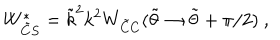
W _ { \tilde { C } S } ^ { * } = \tilde { k } ^ { 2 } k ^ { 2 } W _ { \tilde { C } C } ( \tilde { \theta } \rightarrow \tilde { \theta } + \pi / 2 ) ~ ,